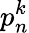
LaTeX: {p}_{n}^{k}